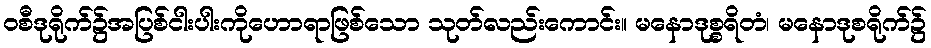
ဝစီဒုရိုက်၌အပြစ်ငါးပါးကိုဟောရာဖြစ်သော သုတ်လည်းကောင်း။ မနောဒုစ္စရိတံ၊ မနောဒုစရိုက်၌